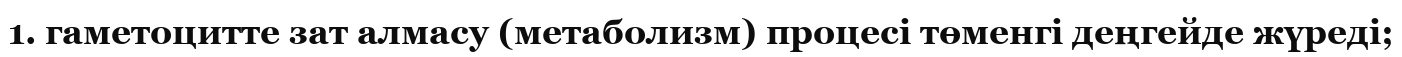
1. гаметоцитте зат алмасу (метаболизм) процесі төменгі деңгейде жүреді;